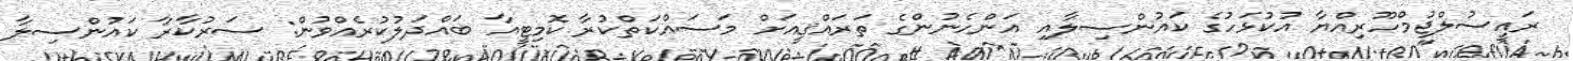
ރައީސުލްޖުމްހޫރިއްޔާ އުކުޅަހުގެ ކައުންސިލާއި އަންހެނުންގެ ތަރައްޤީއަށް މަސައްކަތްކުރާ ކޮމިޓީއާ ބައްދަލުކުރެއްވުން: ސަރުކާާރާ ކައުންސިލާ